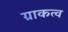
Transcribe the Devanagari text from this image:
ग्राकत्व